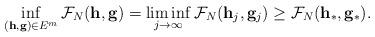
LaTeX: \begin{align*}\inf_{(\mathbf{h},\mathbf{g}) \in E^m}\mathcal{F}_N(\mathbf{h},\mathbf{g})=\liminf_{j \to \infty}\mathcal{F}_N(\mathbf{h}_j,\mathbf{g}_j)\ge \mathcal{F}_N(\mathbf{h}_*,\mathbf{g}_*).\end{align*}